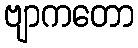
ဗျာကတော